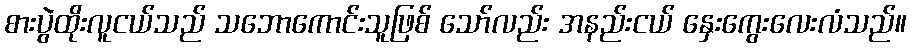
စားပွဲထိုးလူငယ်သည် သဘောကောင်းသူဖြစ် သော်လည်း အနည်းငယ် နှေးကွေးလေးလံသည်။